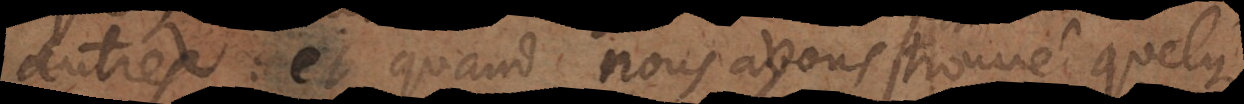
autres: et quand nous avons trouvé quelque